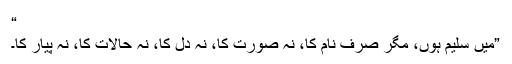
“
”میں سلیم ہوں، مگر صرف نام کا، نہ صورت کا، نہ دل کا، نہ حالات کا، نہ پیار کا۔